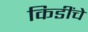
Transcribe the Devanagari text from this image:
किडींचे